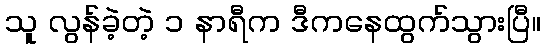
သူ လွန်ခဲ့တဲ့ ၁ နာရီက ဒီကနေထွက်သွားပြီ။